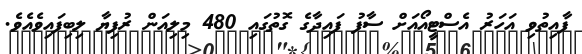
ފާއިތުވި އަހަރު އެސްޓީއޯއަށް ސާފު ފައިދާގެ ގޮތުގައި 480 މިލިއަން ރުފިޔާ ލިބިފައިވެއެވެ.